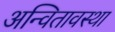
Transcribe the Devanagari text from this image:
अन्वितावस्था